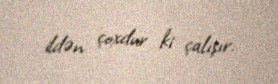
ildən çoxdur ki çalışır.